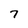
Character: 7